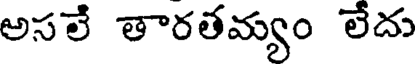
అసలే తారతమ్యం లేదు